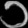
Digit: ၁